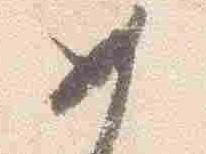
如